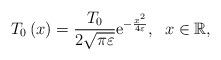
LaTeX: \begin{align*}T_{0}\left( x\right) =\frac{T_{0}}{2\sqrt{\pi \varepsilon }}\mathrm{e}^{-\frac{x^{2}}{4\varepsilon }},\;\;x\in \mathbb{R}, \end{align*}